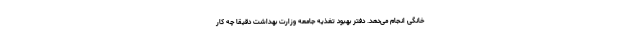
خانگی انجام می‌دهد. دفتر بهبود تغذیه جامعه وزارت بهداشت دقیقا چه کار